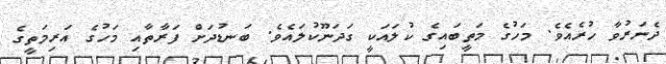
ދެނަރުވާ ހުރެއެވެ. މަހުގެ މަތީބައިގެ ކުލައަކީ ގަދަނޫކުލައެވެ. ބަނޑުދަށް ފަރާތާއި މަހުގެ އަރިމަތީގެ